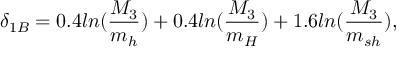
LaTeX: \delta _ { 1 B } = 0 . 4 l n ( \frac { M _ { 3 } } { m _ { h } } ) + 0 . 4 l n ( \frac { M _ { 3 } } { m _ { H } } ) + 1 . 6 l n ( \frac { M _ { 3 } } { m _ { s h } } ) ,